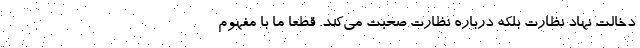
دخالت نهاد نظارت بلکه درباره نظارت صحبت می‌کند. قطعا ما با مفهوم